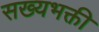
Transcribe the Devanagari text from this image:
सख्यभक्ती